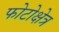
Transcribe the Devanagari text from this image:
फोटोक्षेत्र